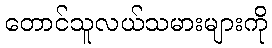
တောင်သူလယ်သမားများကို